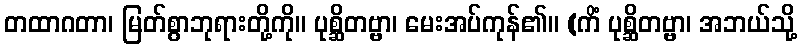
တထာဂတာ၊ မြတ်စွာဘုရားတို့ကို။ ပုစ္ဆိတဗ္ဗာ၊ မေးအပ်ကုန်၏။ (ကိံ ပုစ္ဆိတဗ္ဗာ၊ အဘယ်သို့